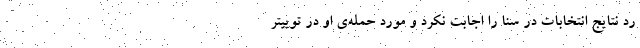
رد نتایج انتخابات در سنا را اجابت نکرد و مورد حمله‌ی او در توییتر